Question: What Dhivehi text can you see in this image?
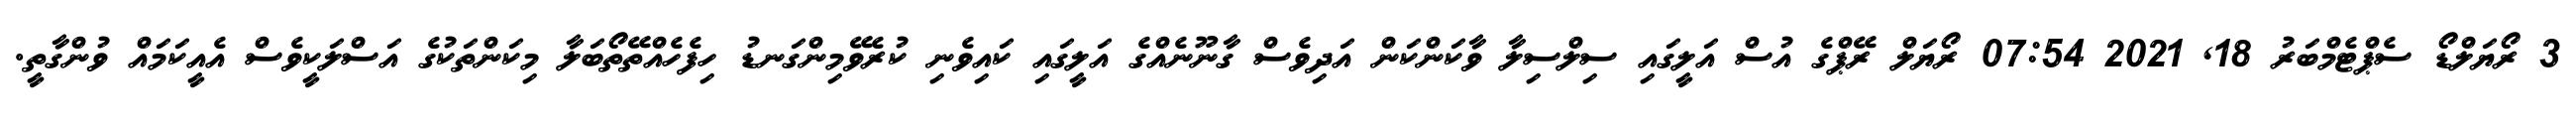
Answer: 3 ރޯޔަލްޑޯ ސެޕްޓެމްބަރު 18, 2021 07:54 ރޯޔަލް ރޭޕްގެ އުސް އަލީގައި ސިލްސިލާ ވާކަންކަން އަދިވެސް ގާނޫނެއްގެ އަލީގައި ކައިވެނި ކުރެވޭމިންގަނޑު ހިފެހެއްތޭތޯބަލާ މިކަންތަކުގެ އަސްލަކީވެސް އެއީކަމައް ވުންގާތީ.